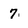
Character: 7